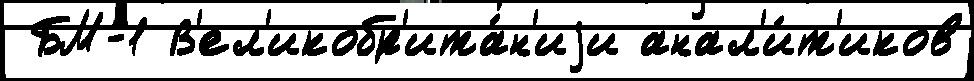
 БМ-1 В'ел'икобр'ита́н'иjи анал'и́т'иков